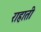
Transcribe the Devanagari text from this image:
राहाती